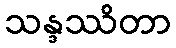
သန္ဒဿိတာ